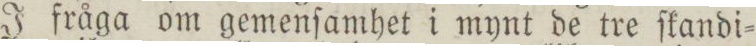
J fråga om gemenſamhet i mynt de tre ſkandi=